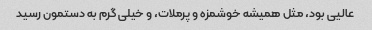
عالیی بود، مثل همیشه خوشمزه و پرملات، و خیلی گرم به دستمون رسید